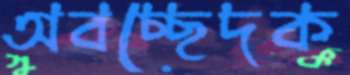
অবচ্ছেদক